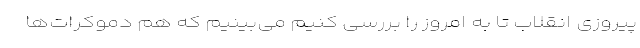
پیروزی انقلاب تا به امروز را بررسی کنیم می‌بینیم که هم دموکرات‌ها